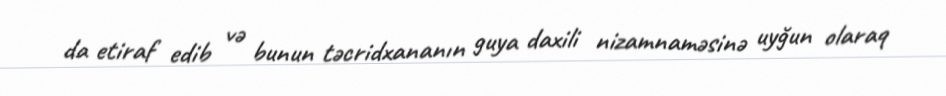
da etiraf edib və bunun təcridxananın guya daxili nizamnaməsinə uyğun olaraq